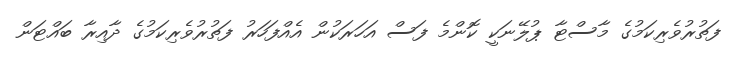
ފަތުރުވެރިކަމުގެ މާސްޓާ ޕުލޭނަކީ ކޮންމެ ފަސް އަހަރަކުން އެއްފަހަރު ފަތުރުވެރިކަމުގެ ދާއިރާ ބައްޓަން